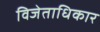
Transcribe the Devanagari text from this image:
विजेताधिकार